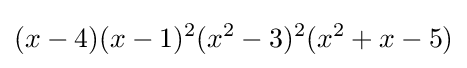
(x-4)(x-1)^{2}(x^{2}-3)^{2}(x^{2}+x-5)